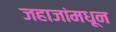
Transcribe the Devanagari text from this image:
जहाजांमधून